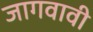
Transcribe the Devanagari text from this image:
जागवावी